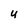
Character: U